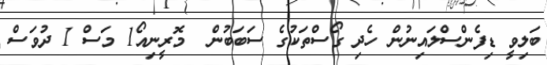
ބަލިވީ ޑިފެންސްލައިނުން ހެދި ގޯސްތަކުގެ ސަބަބުން  މޮރީނިއޯ1 މަސް 1 ދުވަސް